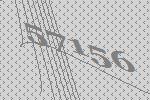
57156